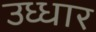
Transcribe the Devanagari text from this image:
उध्धार